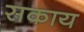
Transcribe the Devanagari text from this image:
सकाय